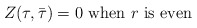
\begin{align*}Z(\tau,\bar\tau)=0~{\rm when}~r~{\rm is ~ even}\end{align*}